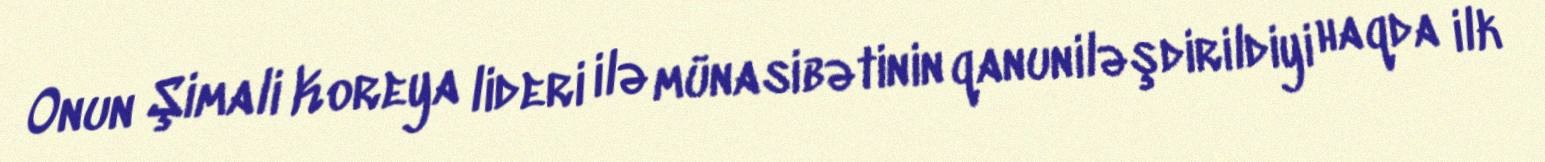
Onun Şimali Koreya lideri ilə münasibətinin qanuniləşdirildiyi haqda ilk